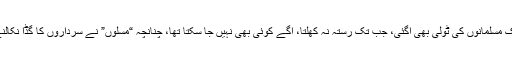
ان کے پیچھے ایک مسلمانوں کی ٹولی بھی آگئی، جب تک رستہ نہ کھلتا، آگے کوئی بھی نہیں جا سکتا تھا، چنانچہ “مُسلوں” نے سرداروں کا گڈا نکالنے کا فیصلہ کرلیا۔